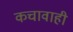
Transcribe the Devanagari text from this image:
कचावाही